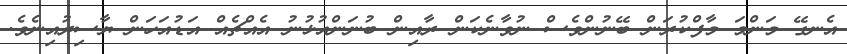
އެނގޭ މަންމަ މާފްކުރަން ބޭނުންވެސް ނުވާނެކަން ރާއިން ބުނަންއުޅުނު އެއްޗެއް އަޑުއަހަން ޔާސިރުއިނެވެ.